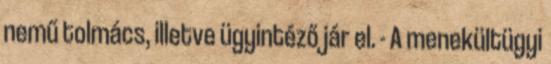
nemű tolmács, illetve ügyintéző jár el. - A menekültügyi